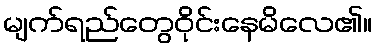
မျက်ရည်တွေဝိုင်းနေမိလေ၏။